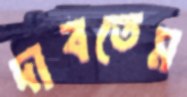
দাবতেম